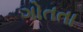
ગોતતા